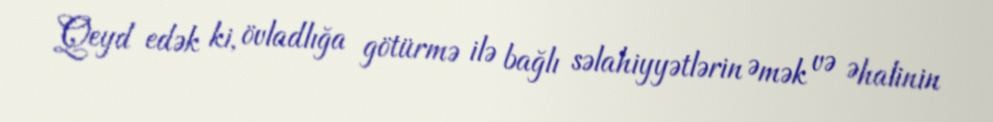
Qeyd edək ki, övladlığa götürmə ilə bağlı səlahiyyətlərin Əmək və Əhalinin